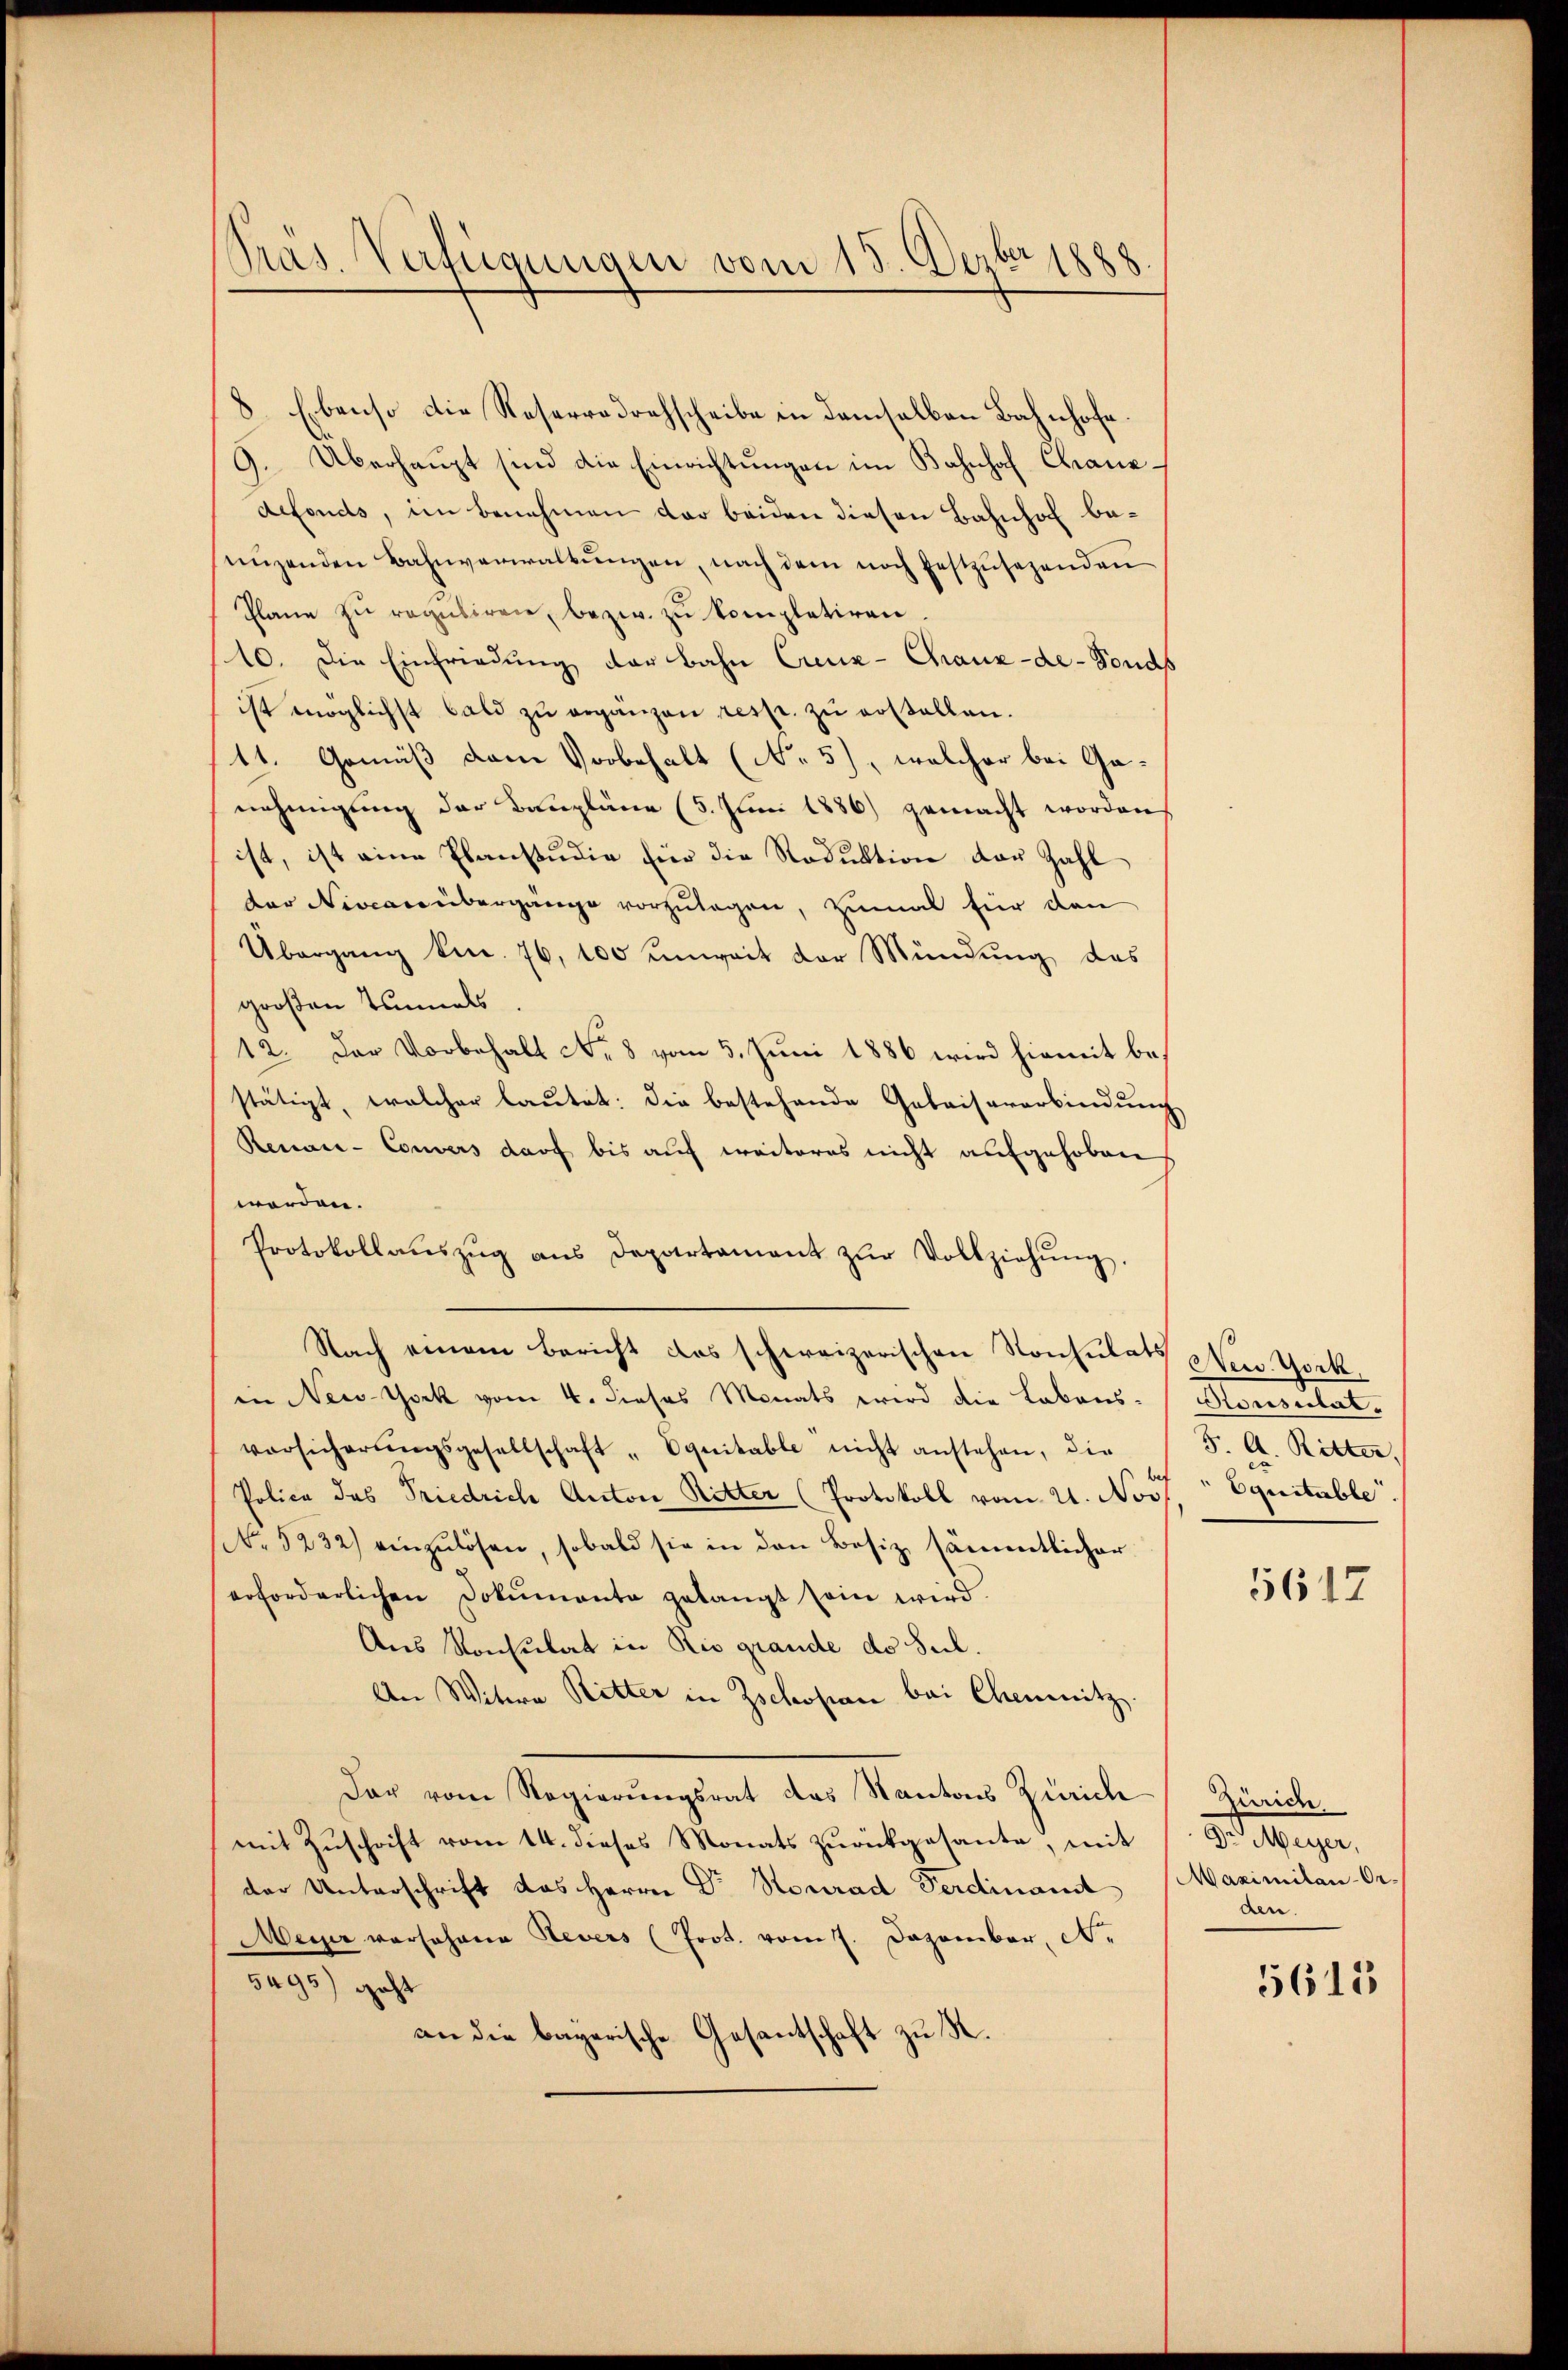
Präs. Verfügungen vom 15. Dezbr 1888.

8 Ebenso die Reserredrehscheibe in demselben Bahnhofe.
9. Überhaupt sind die Einrichtŭngen im Bahnhof Canz
defonds, im benehmen der beiden diesen Bahnhof benüzenden Bahnverwaltŭngen, nach dem noch festzŭsehenden
Plane zu reguliren, bezw. zu kompletiren.
10. Die Einfriedung der bahn Creuz-Chaux-de-Fonds
ist möglichst bald zu ergänzen resp. zu erstellen.
11. Gemäß dem Vorbehalt (No 5), welcher bei Ganehmigung der Baupläne (5. Juni 1886) gemacht worden
ist, ist eine Planstudie Ein die Reduktion der Zahl
der Niveau übergänge vorzulegen, zumal für den
Übergang kn. 76, 100 unweit der Mündung des
großen Einmals
12. Der Vorbehalt No 8 vom 5. Juni 1886 wird hiemit bestätigt, welcher lautet: die bestehende Gebaisererbindung
Renaie-Convers darf bis auf weiteres nicht aufgehoben
worden.
Protokollaŭszŭg ans Departamant zŭr Vollziehŭng.
Nach einem Bericht das schweizerischen Konsulats New York
in New-York vom 4. dieses Monats wird die Labons-Konsulat,
vorsicherŭngsgesellschaft "Equitable nicht anstehen, die " J. A. Ritter,
Police das Friedrich Anton Ritter (Protokoll vom 21. Nov. " Equitable
No 5232) einzulösen, sobald sie in den Besiz sämmtlicher
erforderlichen Dokumenta gelangt sein wird.
Aus Konsulat in Rio grande de Seil.
An Witwe Ritter in Zschopan bei Chemnitz.
dar vom Regierungsrat des Kantons Zürich Zürich
mit Zŭschrift vom 14. dieses Monats zŭrückgesante, mit
der Unterschrift des Herrn Dr Stonrad Ferdinand Maximilan-Or¬
Meyer vor Johane Revers (Prot. vom 7. Dezember, A.
5495) geht
an die bayerische Gesantschaft zu S.

5617

H. Speyer,
den.

5615